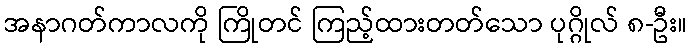
အနာဂတ်ကာလကို ကြိုတင် ကြည့်ထားတတ်သော ပုဂ္ဂိုလ် ၈-ဦး။